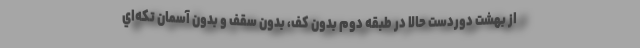
از بهشت دوردست حالا در طبقه دوم بدون كف، بدون سقف و بدون آسمان تكه‌اي